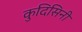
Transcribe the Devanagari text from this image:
कुदिसिनी